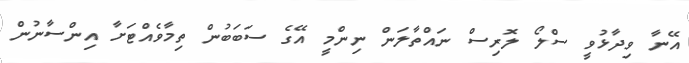
އޭނާ ވިދާޅުވީ ސްލޯ ލޮރިސް ނައްތާލަން ނިންމީ އޭގެ ސަބަބުން ތިމާވެއްޓަށާ އިންސާނުން